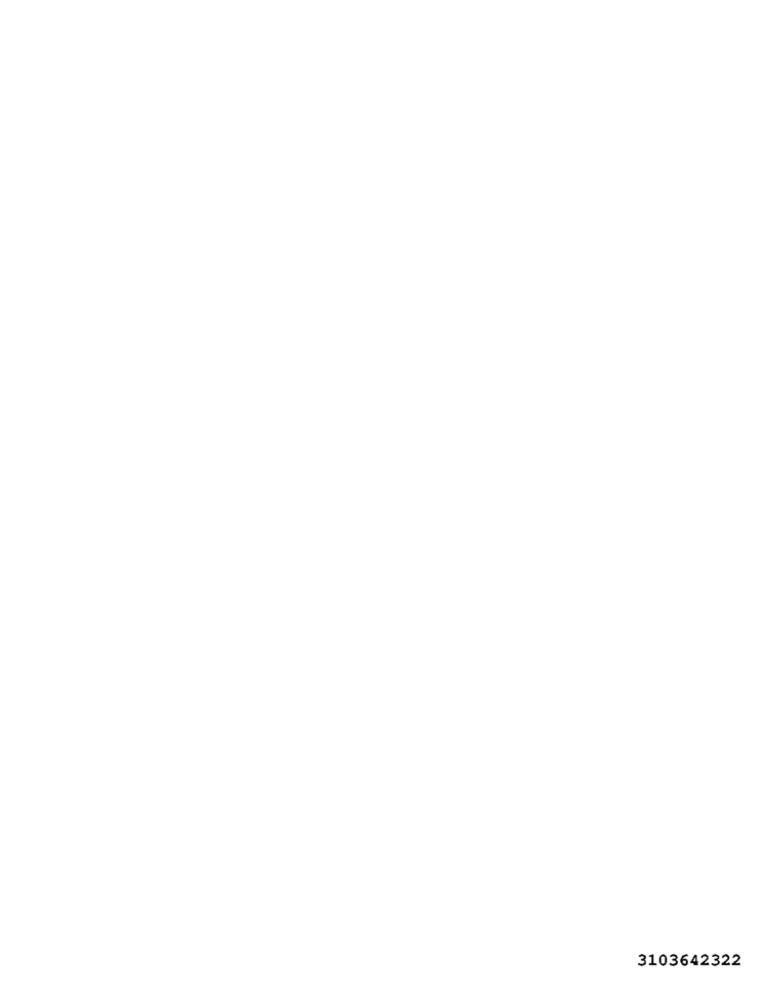
3103642322